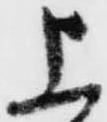
上